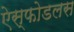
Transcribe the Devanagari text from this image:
ऐस्फोडलस